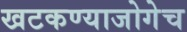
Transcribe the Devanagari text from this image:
खटकण्याजोगेच